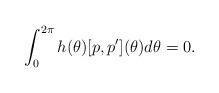
LaTeX: \begin{align*}\int_0^{2\pi} h(\theta)[p,p'](\theta)d\theta=0.\end{align*}